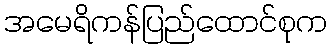
အမေရိကန်ပြည်ထောင်စုက